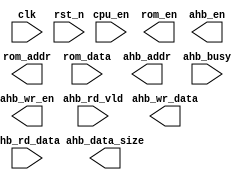
module core(
    clk, rst_n, cpu_en,
    rom_en, rom_addr, rom_data,
    ahb_en, ahb_wr_en, ahb_addr, ahb_wr_data, ahb_rd_data, ahb_rd_vld, ahb_busy, ahb_data_size
);


// external port *******************************************************/
// basic signal
input                   clk;
input                   rst_n;
input                   cpu_en;

// rom
output                  rom_en;
output      [31: 0]     rom_addr;
input       [31: 0]     rom_data;

// AHB
output                  ahb_en;
output                  ahb_wr_en;
output      [31: 0]     ahb_addr;
output      [31: 0]     ahb_wr_data;
input       [31: 0]     ahb_rd_data;
input                   ahb_rd_vld;
input                   ahb_busy;
output      [ 1: 0]     ahb_data_size;

// interrupt






// define wire & reg *****************************************************/
// basic control signal
reg                     work_en;
































endmodule